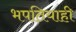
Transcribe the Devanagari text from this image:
भपतियाही